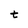
Character: t